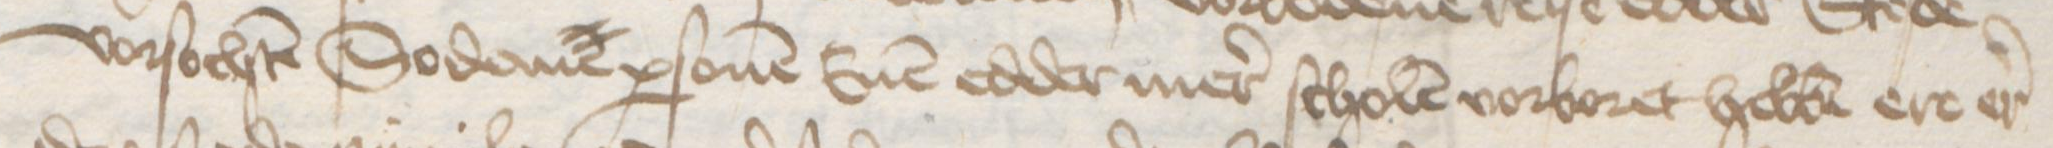
Transcription: vorsochten Sodane personen Enen edder mer scholten vorboret hebben ere er